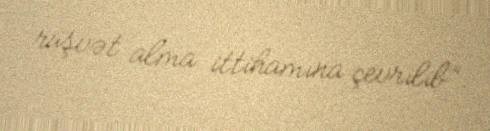
rüşvət alma ittihamına çevrilib”.